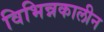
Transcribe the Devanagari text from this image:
विभिन्नकालीन